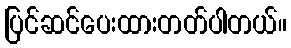
ပြင်ဆင်ပေးထားတတ်ပါတယ်။